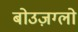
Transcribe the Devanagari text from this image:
बोउज़ग्लो